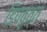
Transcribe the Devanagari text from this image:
डिपवृत्त